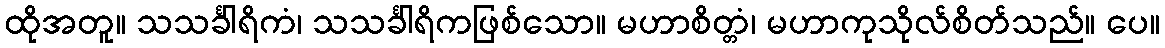
ထိုအတူ။ သသင်္ခါရိကံ၊ သသင်္ခါရိကဖြစ်သော။ မဟာစိတ္တံ၊ မဟာကုသိုလ်စိတ်သည်။ ပေ။